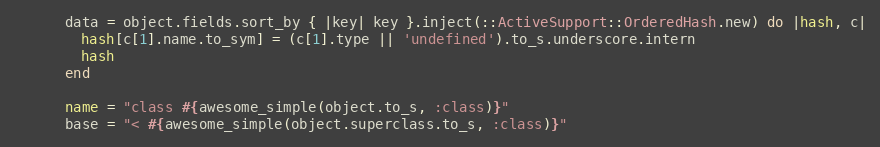
Language: Ruby
      data = object.fields.sort_by { |key| key }.inject(::ActiveSupport::OrderedHash.new) do |hash, c|
        hash[c[1].name.to_sym] = (c[1].type || 'undefined').to_s.underscore.intern
        hash
      end

      name = "class #{awesome_simple(object.to_s, :class)}"
      base = "< #{awesome_simple(object.superclass.to_s, :class)}"